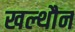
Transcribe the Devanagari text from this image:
खल्थौन